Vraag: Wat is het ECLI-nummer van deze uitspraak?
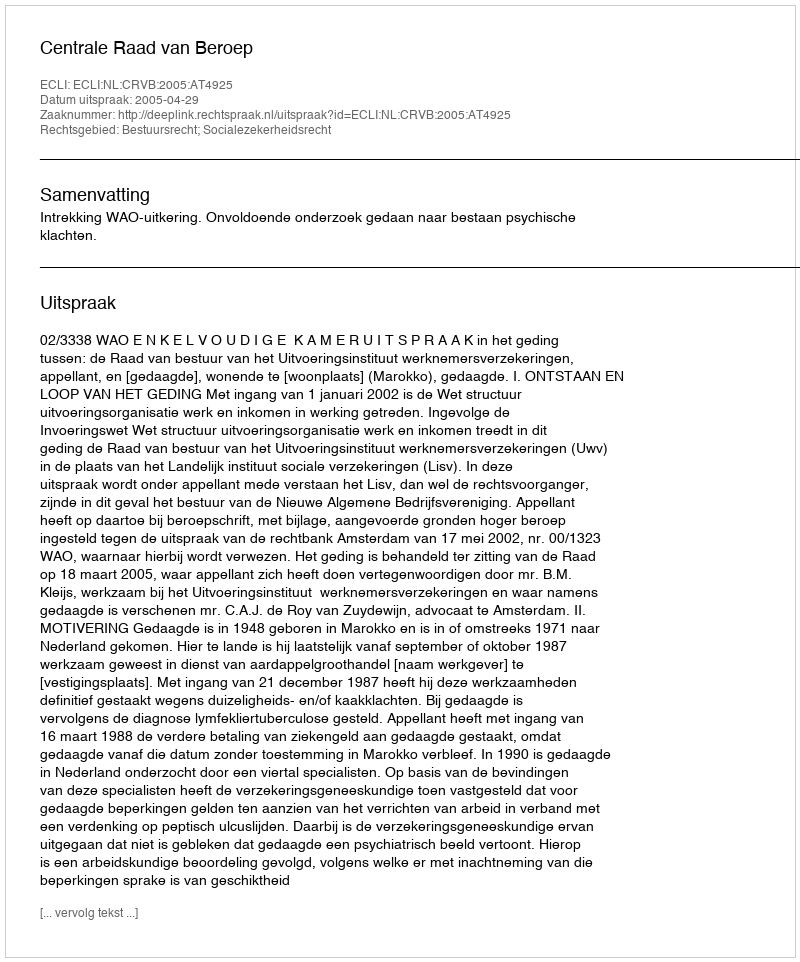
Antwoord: ECLI:NL:CRVB:2005:AT4925